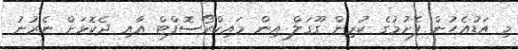
މި އަޑުއެހުން ފެށުމުގެ ކުރިން ގޫގަލް އިން މައިކްރޯސޮފްޓް އާއި ދެކޮޅަށް ނެރުނު